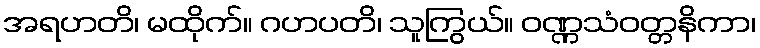
အရဟတိ၊ မထိုက်။ ဂဟပတိ၊ သူကြွယ်။ ဝဏ္ဏသံဝတ္တနိကာ၊